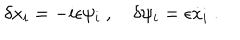
LaTeX: \delta x _ { i } = - i \epsilon \psi _ { i } \ , \quad \delta \psi _ { i } = \epsilon { \dot { x } } _ { i } \ .